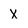
Character: x